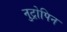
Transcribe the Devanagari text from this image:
नुट्रोपिन